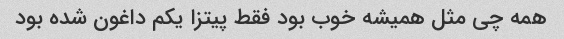
همه چی مثل همیشه خوب بود فقط پیتزا یکم داغون شده بود